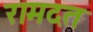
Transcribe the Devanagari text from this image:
रामदत